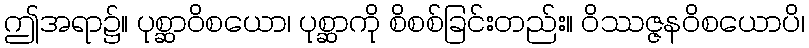
ဤအရာ၌။ ပုစ္ဆာဝိစယော၊ ပုစ္ဆာကို စိစစ်ခြင်းတည်း။ ဝိဿဇ္ဇနဝိစယောပိ၊